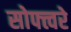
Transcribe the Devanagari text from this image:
सोफ्त्वरे